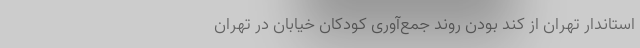
استاندار تهران از کُند بودن روند جمع‌آوری کودکان خیابان در تهران